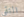
التقى